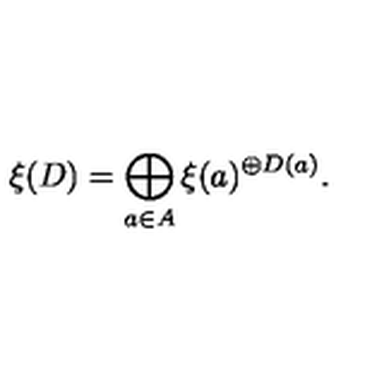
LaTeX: \xi ( D ) = \bigoplus _ { a \in A } \xi ( a ) ^ { \oplus D ( a ) } .